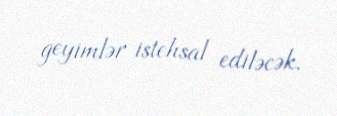
geyimlər istehsal ediləcək.